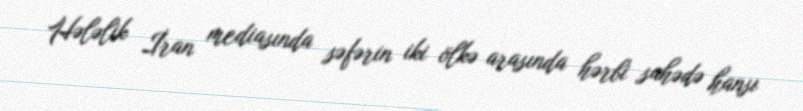
Hələlik İran mediasında səfərin iki ölkə arasında hərbi sahədə hansı